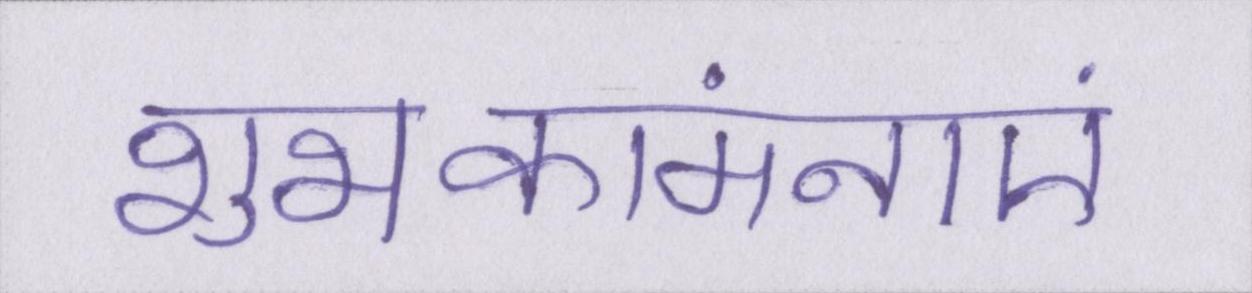
शुभकांमनाएं